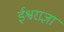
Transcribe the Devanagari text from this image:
ईश्वराज्ञा